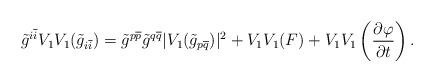
LaTeX: \begin{align*}\tilde{g}^{i\overline{i}}V_{1}V_{1}(\tilde{g}_{i\overline{i}})=\tilde{g}^{p\overline{p}}\tilde{g}^{q\overline{q}}|V_{1}(\tilde{g}_{p\overline{q}})|^{2}+V_{1}V_{1}(F)+V_{1}V_{1}\left(\frac{\partial\varphi}{\partial t}\right).\end{align*}